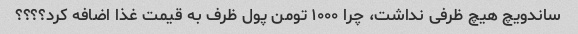
ساندویچ هیچ ظرفی نداشت، چرا ۱۰۰۰ تومن پول ظرف به قیمت غذا اضافه کرد؟؟؟؟